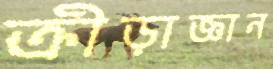
ক্রীড়াজ্ঞান